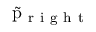
\tilde { \mathrm { p } } _ { \mathrm { ~ r ~ i ~ g ~ h ~ t ~ } }